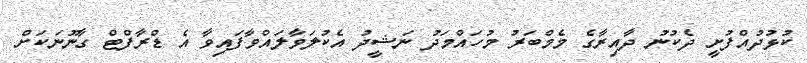
ކުޅުދުއްފުށީ ދެކުނު ދާއިރާގެ މެމްބަރު މުހައްމަދު ނަޝީދު އެކުލަވާލައްވާފައިވާ އެ ޑްރާފްޓް ގާނޫނަކަށް